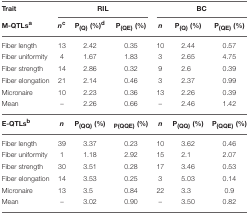
| Trait | <COLSPAN=3> RIL | <COLSPAN=3> BC |
 | M-QTLsa | nc | P(Q) (%)d | P(QE) (%) | n | P(Q) (%) | P(QE) (%) |
 | --- | --- | --- | --- | --- | --- | --- |
 | Fiber length | 13 | 2.42 | 0.35 | 10 | 2.44 | 0.57 |
 | Fiber uniformity | 4 | 1.67 | 1.83 | 3 | 2.65 | 4.75 |
 | Fiber strength | 14 | 2.86 | 0.32 | 9 | 2.6 | 0.39 |
 | Fiber elongation | 21 | 2.14 | 0.46 | 3 | 2.37 | 0.99 |
 | Micronaire | 10 | 2.23 | 0.36 | 13 | 2.26 | 0.39 |
 | Mean | – | 2.26 | 0.66 | – | 2.46 | 1.42 |
 | E-QTLsb | n | P(QQ) (%) | P(QQE) (%) | n | P(QQ) (%) | P(QQE) (%) |
 | Fiber length | 39 | 3.37 | 0.23 | 10 | 3.62 | 0.46 |
 | Fiber uniformity | 1 | 1.18 | 2.92 | 15 | 2.1 | 2.07 |
 | Fiber strength | 30 | 3.51 | 0.28 | 17 | 3.46 | 0.53 |
 | Fiber elongation | 14 | 3.53 | 0.25 | 3 | 5.03 | 0.14 |
 | Micronaire | 13 | 3.5 | 0.84 | 22 | 3.3 | 0.9 |
 | Mean | – | 3.02 | 0.90 | – | 3.50 | 0.82 |